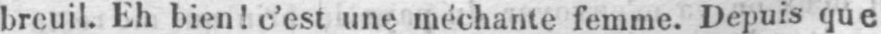
breuil. Eh bien! c’est une méchante femme. Depuis que